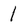
Character: 1